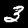
Label: 3